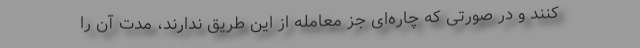
کنند و در صورتی که چاره‌ای جز معامله از این طریق ندارند، مدت آن را